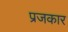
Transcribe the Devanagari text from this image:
प्रजकार